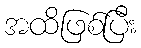
အထိဖြစ်ပြီး